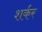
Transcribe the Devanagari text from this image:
शर्कर